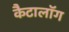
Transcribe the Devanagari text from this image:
कैटालॉग